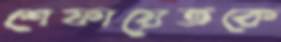
শেফায়েতকে